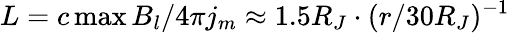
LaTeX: L=c\operatorname*{max}B_{l}/4\pi j_{m}\approx 1.5R_{J}\cdot(r/30R_{J})^{-1}